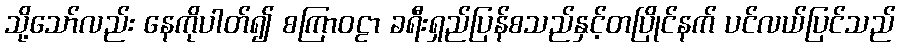
သို့သော်လည်း နေကိုပါတ်၍ စကြာဝဠာ ခရီးရှည်ပြန်စသည်နှင့်တပြိုင်နက် ပင်လယ်ပြင်သည်